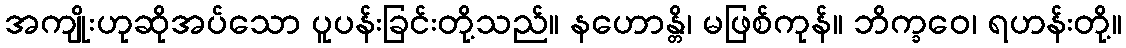
အကျိုးဟုဆိုအပ်သော ပူပန်းခြင်းတို့သည်။ နဟောန္တိ၊ မဖြစ်ကုန်။ ဘိက္ခဝေ၊ ရဟန်းတို့။